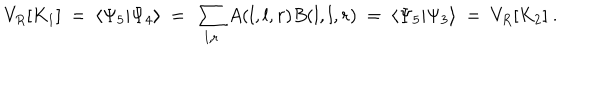
V _ { R } [ K _ { 1 } ] ~ = ~ \langle \Psi _ { 5 } | \Psi _ { 4 } \rangle ~ = ~ \sum _ { l , r } A ( l , l , r ) B ( l , l , r ) ~ = ~ \langle \Psi _ { 5 } | \Psi _ { 3 } \rangle ~ = ~ V _ { R } [ K _ { 2 } ] ~ .